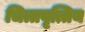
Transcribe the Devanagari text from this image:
चित्तवृत्तिय